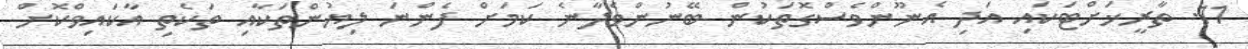
11. ތާރީޚަށްޓަކައި އަދި އެނޫންވެސްގޮތަކުން ބޭނުންވެދާނެ ކަމަށް ފެންނަ ލިޔުންތަކާއި ތަކެތި އާކައިވްކޮށް